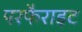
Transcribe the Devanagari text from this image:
परफैराइट